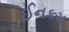
ઈનકમ